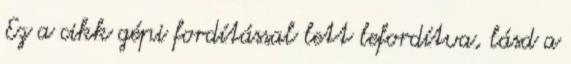
Ez a cikk gépi fordítással lett lefordítva, lásd a